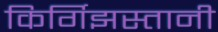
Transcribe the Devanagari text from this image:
किर्गिझस्तानी